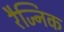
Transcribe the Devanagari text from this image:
रैज्निक